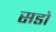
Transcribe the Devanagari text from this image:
सडो